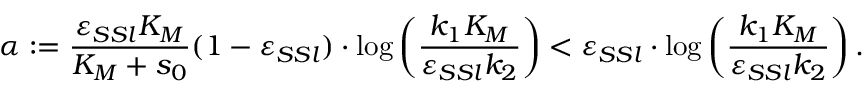
\alpha : = \frac { \varepsilon _ { S S l } K _ { M } } { K _ { M } + s _ { 0 } } ( 1 - \varepsilon _ { S S l } ) \cdot \log \left( \frac { k _ { 1 } K _ { M } } { \varepsilon _ { S S l } k _ { 2 } } \right) < \varepsilon _ { S S l } \cdot \log \left( \frac { k _ { 1 } K _ { M } } { \varepsilon _ { S S l } k _ { 2 } } \right) .